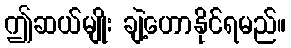
ဤဆယ်မျိုး ချဲ့ဟောနိုင်ရမည်။